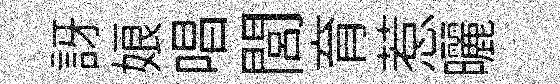
訝娘唱閭育惹曬